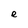
Character: e